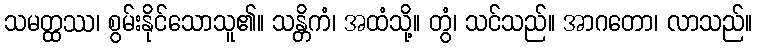
သမတ္ထဿ၊ စွမ်းနိုင်သောသူ၏။ သန္တိကံ၊ အထံသို့။ တွံ၊ သင်သည်။ အာဂတော၊ လာသည်။